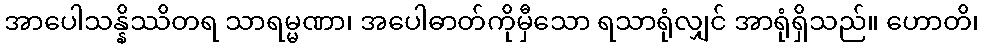
အာပေါသန္နိဿိတရ သာရမ္မဏာ၊ အပေါဓာတ်ကိုမှီသော ရသာရုံလျှင် အာရုံရှိသည်။ ဟောတိ၊